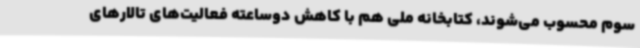
سوم محسوب می‌شوند، کتابخانه ملی هم با کاهش دوساعته فعالیت‌های تالارهای